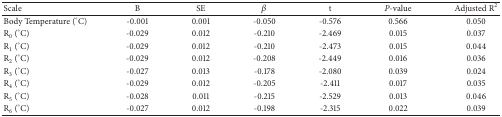
| Scale | B | SE | β | t | P-value | Adjusted R2 |
 | --- | --- | --- | --- | --- | --- | --- |
 | Body Temperature (°C) | -0.001 | 0.001 | -0.050 | -0.576 | 0.566 | 0.050 |
 | R0 (°C) | -0.029 | 0.012 | -0.210 | -2.469 | 0.015 | 0.037 |
 | R1 (°C) | -0.029 | 0.012 | -0.210 | -2.473 | 0.015 | 0.044 |
 | R2 (°C) | -0.029 | 0.012 | -0.208 | -2.449 | 0.016 | 0.036 |
 | R3 (°C) | -0.027 | 0.013 | -0.178 | -2.080 | 0.039 | 0.024 |
 | R4 (°C) | -0.029 | 0.012 | -0.205 | -2.411 | 0.017 | 0.035 |
 | R5 (°C) | -0.028 | 0.011 | -0.215 | -2.529 | 0.013 | 0.046 |
 | R6 (°C) | -0.027 | 0.012 | -0.198 | -2.315 | 0.022 | 0.039 |